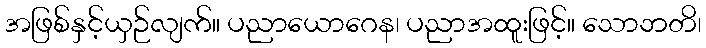
အဖြစ်နှင့်ယှဉ်လျက်။ ပညာယောဂေန၊ ပညာအထူးဖြင့်။ သောဘတိ၊